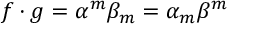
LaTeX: f \cdot g = \alpha ^ { m } \beta _ { m } = \alpha _ { m } \beta ^ { m }